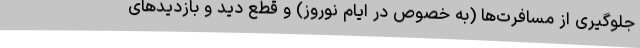
جلوگیری از مسافرت‌ها (به خصوص در ایام نوروز) و قطع دید و بازدیدهای